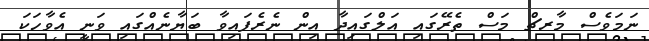
ނަމަވެސް މާރޗް މަސް ތެރޭގައި އަލްގައިދާ އިން ނެރެފައިވާ ބަޔާނެއްގައި ވަނީ އެވާހަކަ